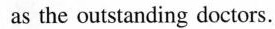
as the outstanding doctors.